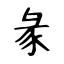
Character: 彖